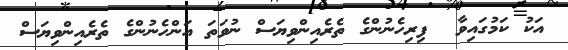
އަކު ކަމުގައިވާ  ފިރިހެނުންގެ ތެރެއިންވިޔަސް ނުވަތަ އަންހެނުންގެ ތެރެއިންވިޔަސް